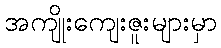
အကျိုးကျေးဇူးများမှာ